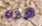
هذه